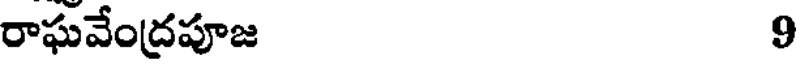
రాఘవేంద్రపూజ 9